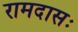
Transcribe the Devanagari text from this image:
रामदासः